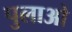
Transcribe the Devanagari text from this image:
पुलाओ